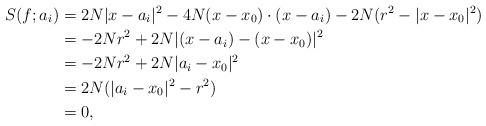
LaTeX: \begin{align*}S(f;a_i)&= 2N |x-a_i|^2 -4N (x-x_0)\cdot (x-a_i) -2N (r^2- |x-x_0|^2)\\ &= -2Nr^2 +2N |(x-a_i)-(x-x_0)|^2 \\ &= -2N r^2 +2N |a_i-x_0|^2\\ &= 2N (|a_i-x_0|^2-r^2)\\ &=0,\end{align*}